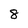
Character: 8